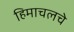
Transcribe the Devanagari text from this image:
हिमाचलचे